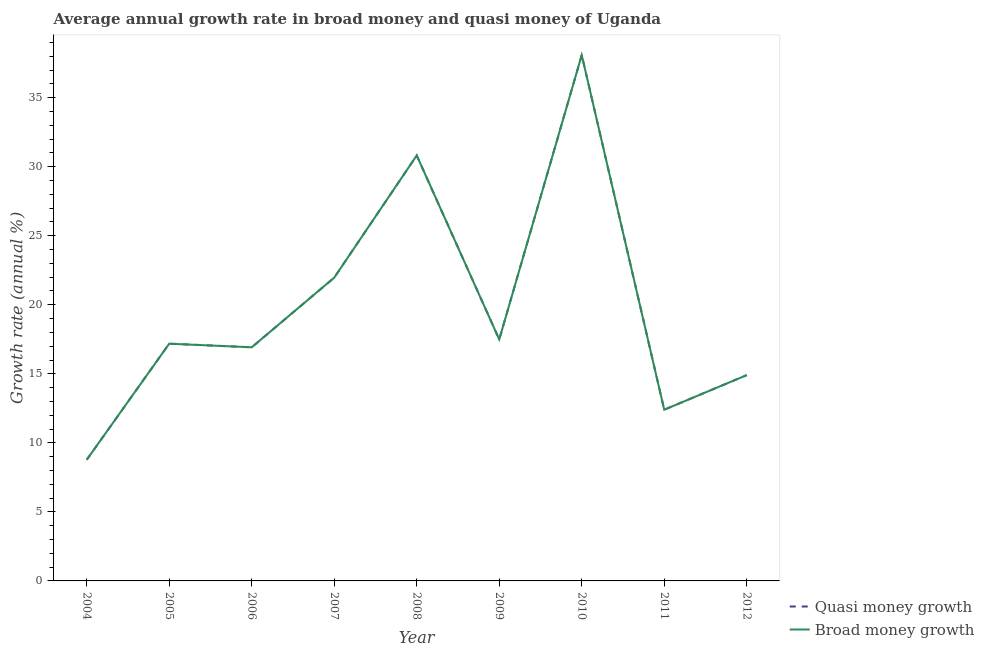
| Year | Quasi money growth | Broad money growth |
 | --- | --- | --- |
 | 2004 | 8.77 | 8.77 |
 | 2005 | 17.2 | 17.2 |
 | 2006 | 16.9 | 16.9 |
 | 2007 | 22 | 22 |
 | 2008 | 30.8 | 30.8 |
 | 2009 | 17.5 | 17.5 |
 | 2010 | 38.1 | 38.1 |
 | 2011 | 12.4 | 12.4 |
 | 2012 | 14.9 | 14.9 |